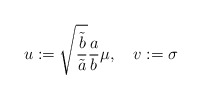
\begin{align*}u := \sqrt{ \frac{\tilde{b}}{\tilde{a}}} \frac{a}{b} \mu, ~~~ v := \sigma\end{align*}